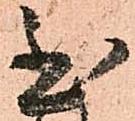
至